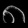
Digit: ၈